Dysentery in Hazaribagh Central Jail - Number 52
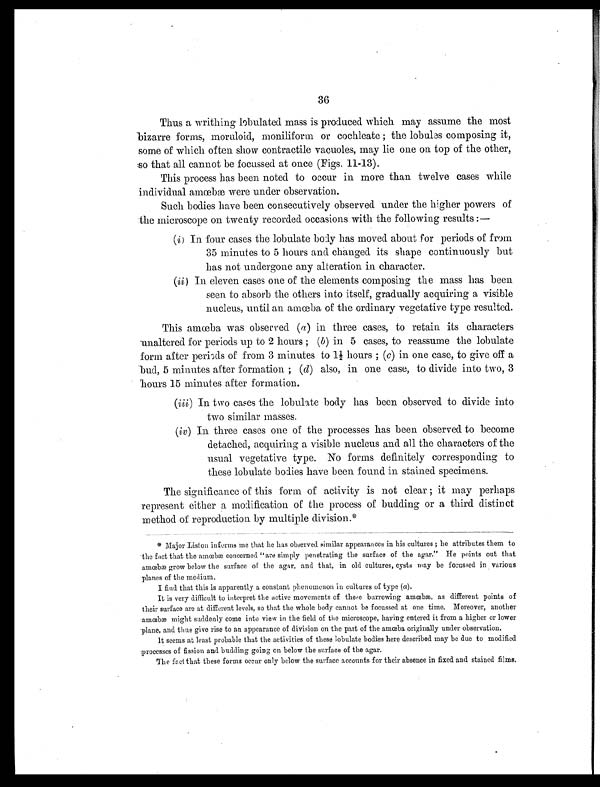
36
Thus a writhing lobulated mass is produced which may assume the most
bizarre forms, moruloid, moniliform or cochleate ; the lobules composing it,
some of which often show contractile vacuoles, may lie one on top of the other,
so that all cannot be focussed at once (Figs. 11-13).
This process has been noted to occur in more than twelve cases while
individual amœbæ were under observation.
Such bodies have been consecutively observed under the higher powers of
the microscope on twenty recorded occasions with the following results :—
(i) In four cases the lobulate body has moved about for periods of from
35 minutes to 5 hours and changed its shape continuously but
has not undergone any alteration in character.
(ii) In eleven cases one of the elements composing the mass has been
seen to absorb the others into itself, gradually acquiring a visible
nucleus, until an amœba, of the ordinary vegetative type resulted.
This amœba was observed ( a ) in three cases, to retain its characters
unaltered for periods up to 2 hours ; ( b) in 5 cases, to reassume the lobulate
form after periods of from 3 minutes to 1½ hours ; ( c ) i n o n e c a s e , t o g i v e o f f a
bud, 5 minutes after formation ; (d) also, in one case, to divide into two, 3
hours 15 minutes after formation.
(iii) In two cases the lobulate body has been observed to divide into
two similar masses.
(iv)In three cases one of the processes has been observed to become
detached, acquiring a visible nucleus and all the characters of the
usual vegetative type. No forms definitely corresponding to
these lobulate bodies have been found in stained specimens.
The significance of this form of activity is not clear ; it may perhaps
represent either a modification of the process of budding or a third distinct
method of reproduction by multiple division.*
* Major Liston informs me that he has observed similar appearances in his cultures ; he attributes them to
the fact that the amœbæ concerned "are simply penetrating the surface of the agar." He points out that
amœbæ grow below the surface of the agar, and that, in old cultures, cysts way be focussed in various
planes of the medium.
I find that this is apparently a constant phenomenon in cultures of type ( a).
It is very difficult to interpret the active movements of these burrowing amœbæ, as different points of
their surface are at different levels, so that the whole body cannot be focussed at one time. Moreover, another
amœbæ might suddenly come into view in the field of the microscope, having entered it from a higher or lower
plane, and thus give rise to an appearance of division on the part of the amœba originally under observation.
It seems at least probable that the activities of these lobulate bodies here described may be due to modified
processes of fission and budding going on below the surface of the agar.
The fact that these forms occur only below the surface accounts for their absence in fixed and stained films.